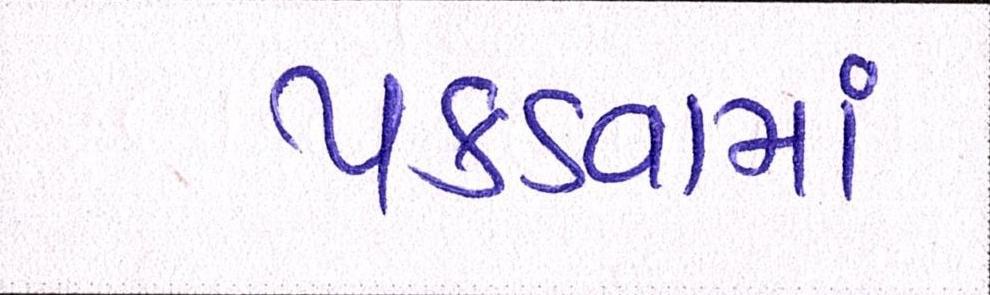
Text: પકડવામાં